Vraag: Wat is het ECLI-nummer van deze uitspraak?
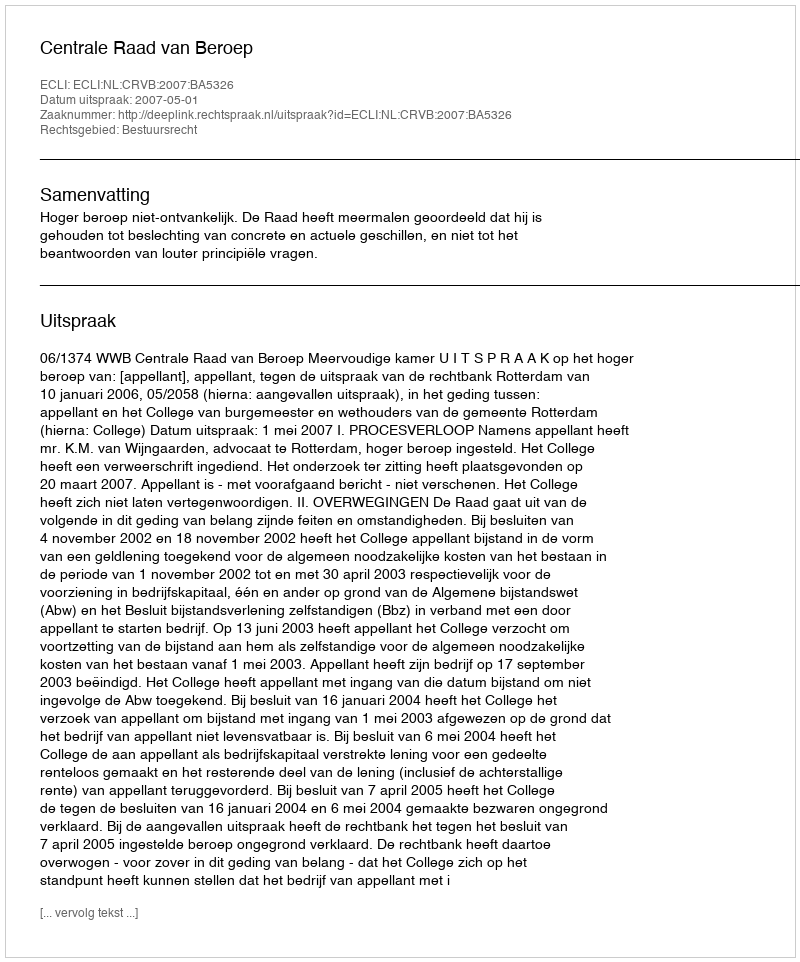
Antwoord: ECLI:NL:CRVB:2007:BA5326